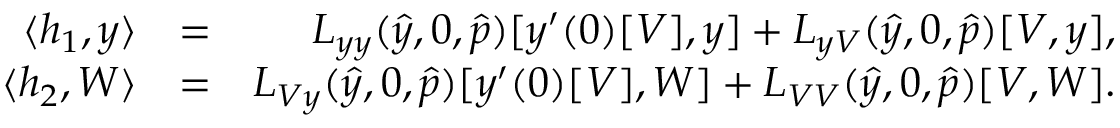
\begin{array} { r l r } { \langle h _ { 1 } , y \rangle } & { = } & { L _ { y y } ( \hat { y } , 0 , \hat { p } ) [ y ^ { \prime } ( 0 ) [ V ] , y ] + L _ { y V } ( \hat { y } , 0 , \hat { p } ) [ V , y ] , } \\ { \langle h _ { 2 } , W \rangle } & { = } & { L _ { V y } ( \hat { y } , 0 , \hat { p } ) [ y ^ { \prime } ( 0 ) [ V ] , W ] + L _ { V V } ( \hat { y } , 0 , \hat { p } ) [ V , W ] . } \end{array}